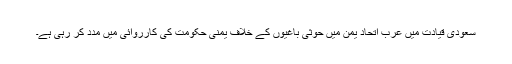
سعودی قیادت میں عرب اتحاد یمن میں حوثی باغیوں کے خلاف یمنی حکومت کی کارروائی میں مدد کر رہی ہے۔